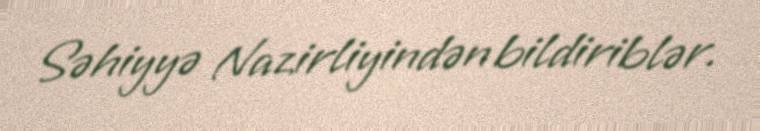
Səhiyyə Nazirliyindən bildiriblər.